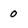
Character: o